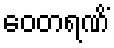
ဝေတရဏိံ